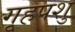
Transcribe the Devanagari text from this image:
गृहपशु